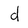
Character: d